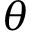
\theta